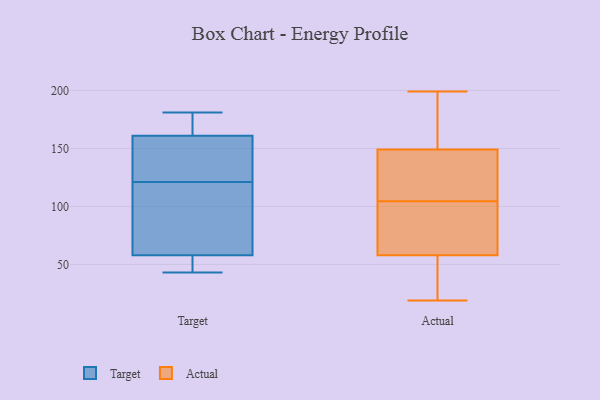
{"axis": {"x": "Active Users", "y": "Value"}, "legend": ["Actual", "Target"], "data": [{"x": "", "y": 68, "type": "Target"}, {"x": "", "y": 177, "type": "Target"}, {"x": "", "y": 58, "type": "Target"}, {"x": "", "y": 58, "type": "Target"}, {"x": "", "y": 109, "type": "Target"}, {"x": "", "y": 148, "type": "Target"}, {"x": "", "y": 141, "type": "Target"}, {"x": "", "y": 53, "type": "Target"}, {"x": "", "y": 181, "type": "Target"}, {"x": "", "y": 174, "type": "Target"}, {"x": "", "y": 133, "type": "Target"}, {"x": "", "y": 43, "type": "Target"}, {"x": "", "y": 19, "type": "Actual"}, {"x": "", "y": 173, "type": "Actual"}, {"x": "", "y": 19, "type": "Actual"}, {"x": "", "y": 43, "type": "Actual"}, {"x": "", "y": 181, "type": "Actual"}, {"x": "", "y": 108, "type": "Actual"}, {"x": "", "y": 75, "type": "Actual"}, {"x": "", "y": 192, "type": "Actual"}, {"x": "", "y": 149, "type": "Actual"}, {"x": "", "y": 199, "type": "Actual"}, {"x": "", "y": 139, "type": "Actual"}, {"x": "", "y": 69, "type": "Actual"}, {"x": "", "y": 63, "type": "Actual"}, {"x": "", "y": 101, "type": "Actual"}, {"x": "", "y": 58, "type": "Actual"}, {"x": "", "y": 52, "type": "Actual"}, {"x": "", "y": 144, "type": "Actual"}, {"x": "", "y": 119, "type": "Actual"}]}